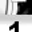
Digit: 1